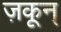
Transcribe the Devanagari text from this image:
ज़कून्